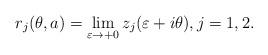
LaTeX: \begin{align*}r_j(\theta,a) = \lim\limits_{\varepsilon\to +0} z_j(\varepsilon+i\theta),j=1, 2.\end{align*}